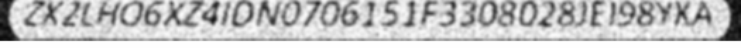
ZX2LHO6XZ4IDN0706151F3308028JEI98YKA